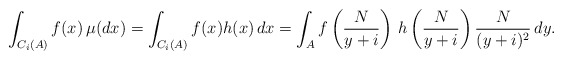
\begin{align*} \int_{C_i(A)}f(x) \,\mu(dx)= \displaystyle \displaystyle \int_{C_i(A)}f(x)h(x)\, dx= \displaystyle \displaystyle \int_{A} \displaystyle f\left(\frac{N}{y+i}\right)\,h\left(\frac{N}{y+i}\right)\frac{N}{(y+i)^2} \,dy.\end{align*}